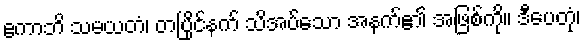
ဧကာဘိ သမယတံ၊ တပြိုင်နက် သိအပ်သော အနက်၏ အဖြစ်ကို။ ဒီပေတုံ၊